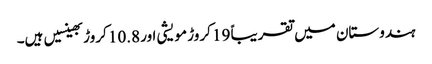
ہندوستان میں تقریباً 19 کروڑ مویشی اور 10.8 کروڑ بھینسیں ہیں۔